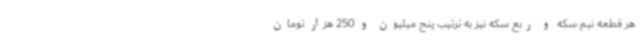
هر قطعه نیم سکه و ربع سکه نیز به ترتیب پنج میلیون و 250 هزار تومان